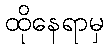
ထိုနေရာမှ